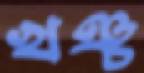
খঞ্চ